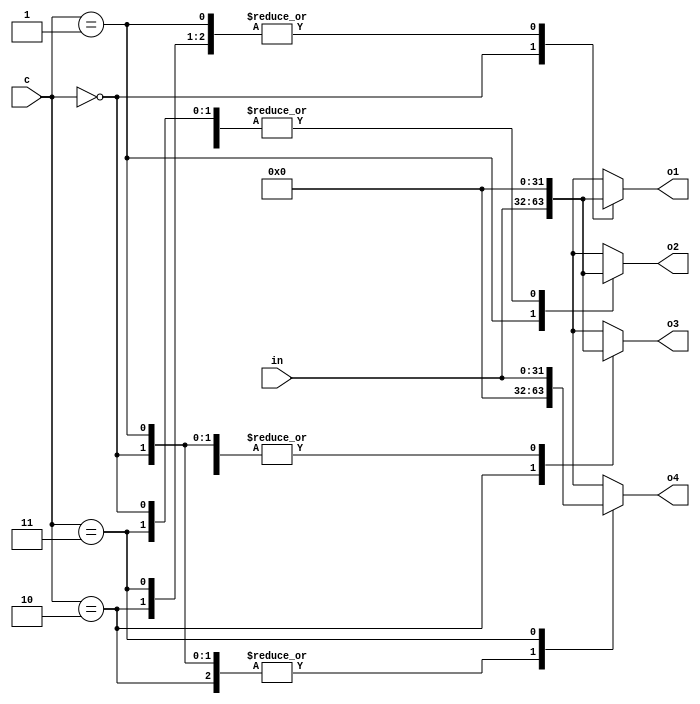
module demux (o1, o2, o3, o4, c, in);
    parameter N = 32;
    output reg [N-1:0]o1;
    output reg [N-1:0]o2;
    output reg [N-1:0]o3;
    output reg [N-1:0]o4;
    input      [1:0]c;
    input      [N-1:0]in;
    
    always @(c,in) begin
        case (c)
            2'b00:
            begin
                o1 = in;
                o2 = 0;
                o3 = 0;
                o4 = 0;
            end
            2'b01:
            begin
                o1 = 0;
                o2 = in;
                o3 = 0;
                o4 = 0;
            end
            2'b10:
            begin
                o1 = 0;
                o2 = 0;
                o3 = in;
                o4 = 0;
            end
            2'b11:
            begin
                o1 = 0;
                o2 = 0;
                o3 = 0;
                o4 = in;
            end
        endcase
    end

endmodule